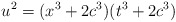
\begin{align*}u^2=(x^3+2c^3)(t^3+2c^3)\end{align*}